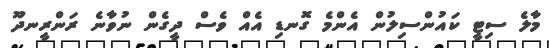
މާލެ ސިޓީ ކައުންސިލުން އެންމެ ގޮނޑި އެއް ވެސް ދީގެން ނުވާނެ ރަންރީނދޫ